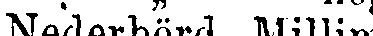
Nederbörd, Millim